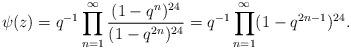
LaTeX: \begin{align*}\psi(z) &= q^{-1} \prod_{n=1}^\infty \frac{(1-q^n)^{24}}{(1-q^{2n})^{24}} = q^{-1} \prod_{n=1}^\infty (1-q^{2n-1})^{24}.\end{align*}